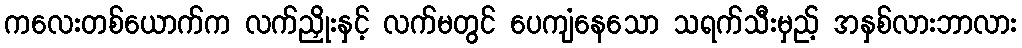
ကလေးတစ်ယောက်က လက်ညှိုးနှင့် လက်မတွင် ပေကျံနေသော သရက်သီးမှည့် အနှစ်လားဘာလား